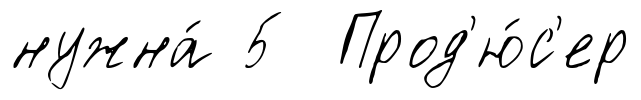
нужна́ 5 Прод'ю́с'ер